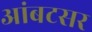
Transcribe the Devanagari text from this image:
आंबटसर